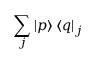
\sum _ { j } \mathinner { | { p } \rangle } \mathinner { \langle { q } | } _ { j }